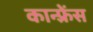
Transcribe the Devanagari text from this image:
कान्‍फ़्रेंस